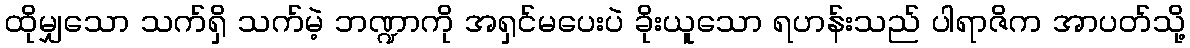
ထိုမျှသော သက်ရှိ သက်မဲ့ ဘဏ္ဍာကို အရှင်မပေးပဲ ခိုးယူသော ရဟန်းသည် ပါရာဇိက အာပတ်သို့